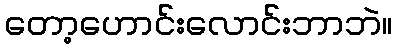
တော့ဟောင်းလောင်းဘာဘဲ။